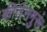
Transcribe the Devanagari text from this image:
कीर्तनगुरू